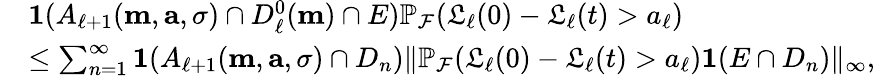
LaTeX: \begin{array}{rl}&{\mathbf{1}(A_{\ell+1}(\mathbf{m},\mathbf{a},\sigma)\cap D_{\ell}^{0}(\mathbf{m})\cap E)\mathbb{P}_{\mathcal{F}}(\mathfrak{L}_{\ell}(0)-\mathfrak{L}_{\ell}(t)>a_{\ell})}\\ &{\le\sum_{n=1}^{\infty}\mathbf{1}(A_{\ell+1}(\mathbf{m},\mathbf{a},\sigma)\cap D_{n})\| \mathbb{P}_{\mathcal{F}}(\mathfrak{L}_{\ell}(0)-\mathfrak{L}_{\ell}(t)>a_{\ell})\mathbf{1}(E\cap D_{n})\| _{\infty},}\end{array}